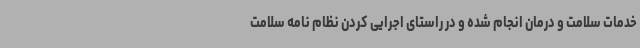
خدمات سلامت و درمان انجام شده و در راستای اجرایی کردن نظام نامه سلامت